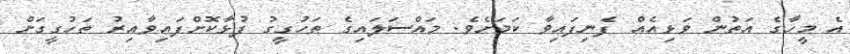
އެ މީހާގެ އަތުން ވަޅިއެއް ފެނިފައިވާ ކަމަށެވެ. މައްސަލައިގެ ތަހުގީގު ފުޅާކޮށްފައިވާއިރު ތަހުގީގަށް